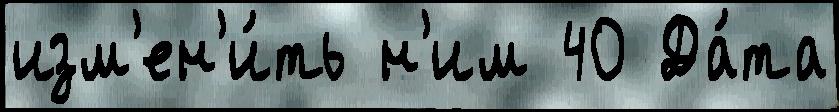
изм'ен'и́ть н'им 40 Да́та